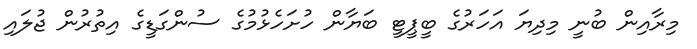
މިރާއިން ބުނީ މިދިޔަ އަހަރުގެ ބީޕީޓީ ބަޔާން ހުށަހެޅުމުގެ ސުންގަޑީގެ އިތުރުން ޖުލައި